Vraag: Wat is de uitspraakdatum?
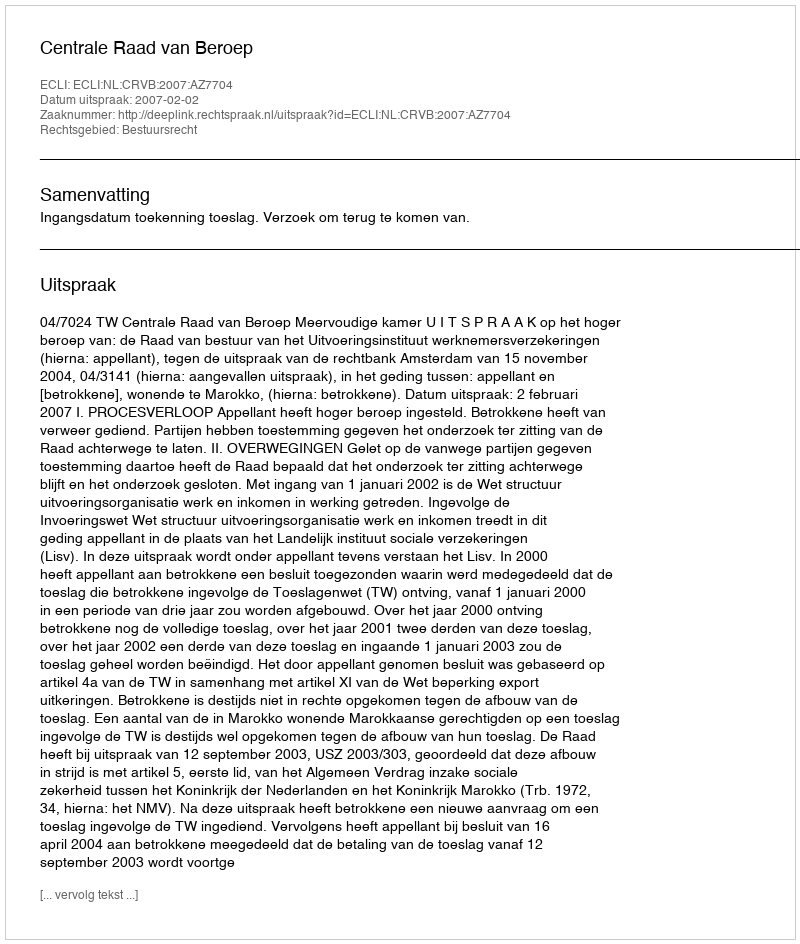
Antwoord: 2007-02-02